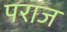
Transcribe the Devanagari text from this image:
पराज